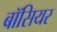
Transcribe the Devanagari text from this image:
बॉसियर